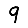
Digit: 9